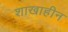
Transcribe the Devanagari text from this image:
शाखाहीन